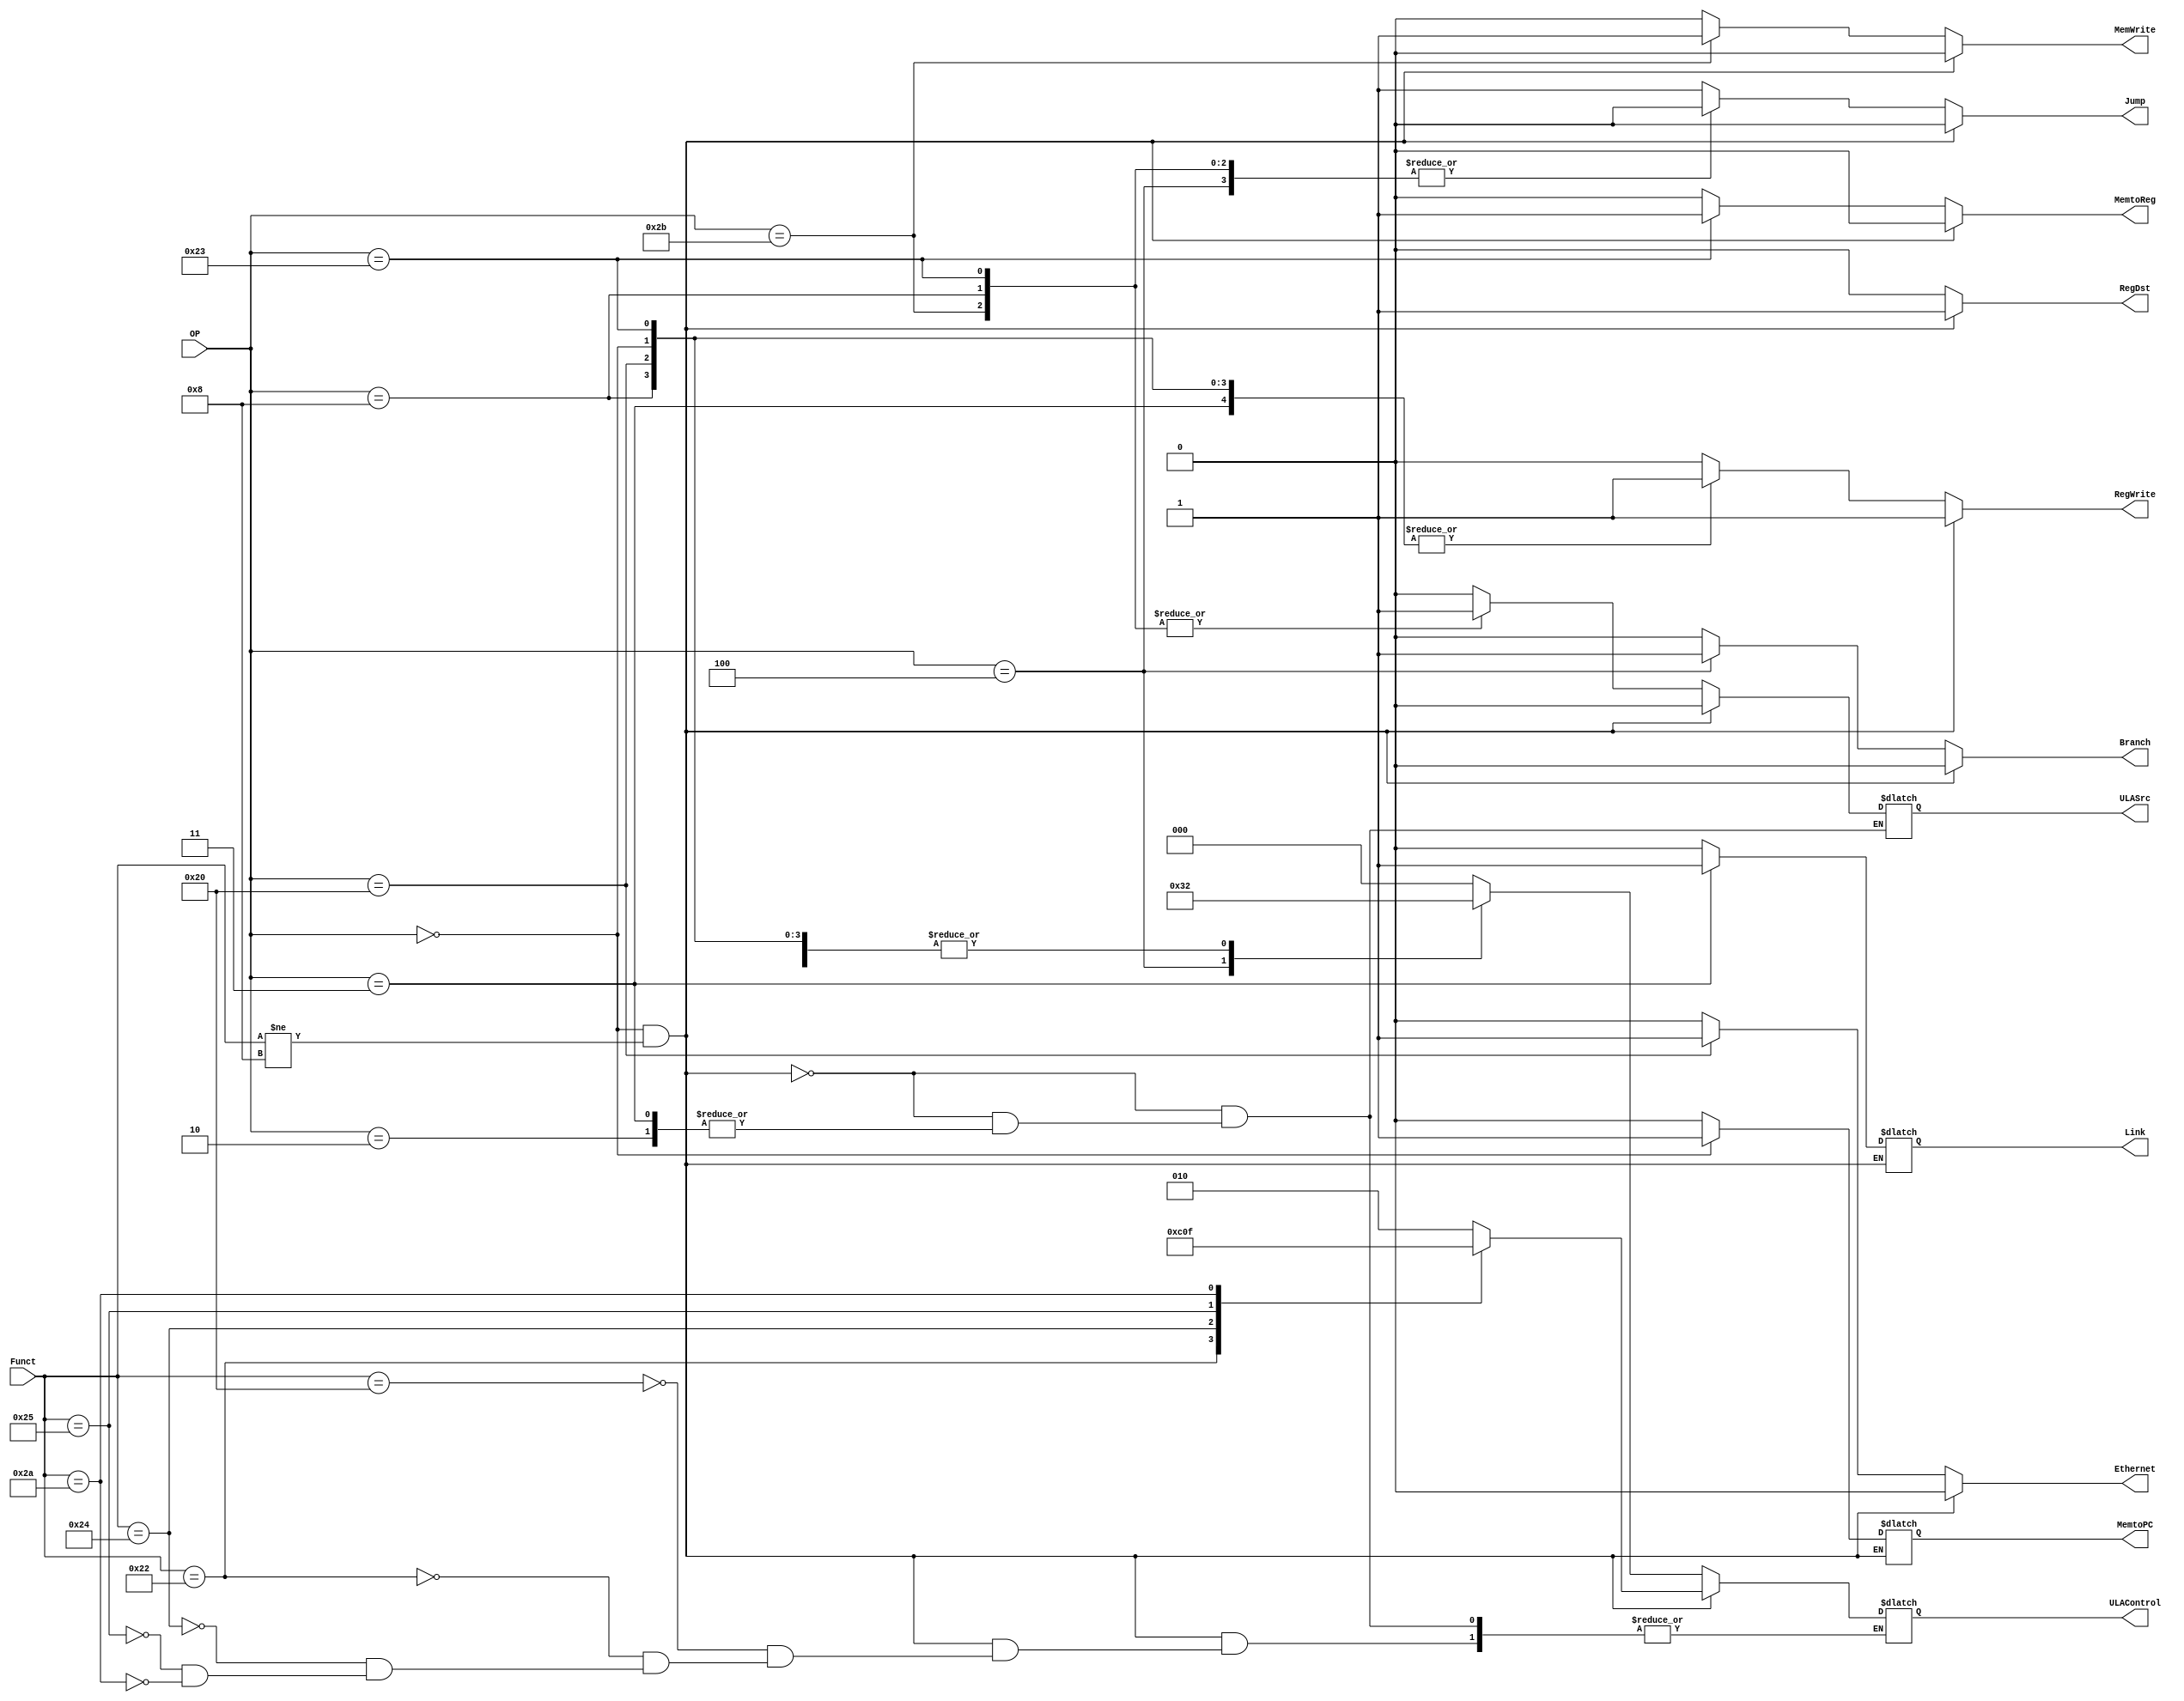
module ControlUnit(
  input [5:0] OP, Funct,
  output reg RegWrite, RegDst, ULASrc, Branch, MemWrite, MemtoReg, Jump, Link, MemtoPC, Ethernet,
  output reg [2:0] ULAControl
	);
  
  always @ (*) begin
		Branch = 0;
		MemWrite = 0;
		MemtoReg = 0;
		Jump = 0;
		Ethernet = 0;
  
  
		// Type R instruction
		if(OP == 0 && Funct != 6'b001000) begin
			RegWrite = 1;
			RegDst = 1;
			ULASrc = 0;
			
			case(Funct)
			  6'b100000: ULAControl = 3'b010;
			  6'b100010: ULAControl = 3'b110;
			  6'b100100: ULAControl = 3'b000; 
			  6'b100101: ULAControl = 3'b001;
			  6'b101010: ULAControl = 3'b111;
			endcase
		end
		
		
		// Type I and J instructions
		else begin
			RegDst = 0;
			Link = 0;
			MemtoPC = 0;
		
			case(OP)
				6'b100011: begin
								 RegWrite = 1;
								 ULASrc = 1;
								 ULAControl = 3'b010;
								 MemtoReg = 1;
							  end		
				6'b101011: begin
								 RegWrite = 0;
								 ULASrc = 1;
								 ULAControl = 3'b010;
								 MemWrite = 1;
							  end
				6'b000100: begin
								 RegWrite = 0;
								 ULASrc = 0;
								 ULAControl = 3'b110;
								 Branch = 1;
							  end
				6'b001000: begin
								 RegWrite = 1;
								 ULASrc = 1;
								 ULAControl = 3'b010;
							  end
				6'b000010: begin
								 RegWrite = 0;
								 Jump = 1;
							  end
			    6'b000011: begin  // JAL (falta simular)
								 Link = 1;
								 Jump = 1;	
								 RegWrite = 1;
							  end
			    6'b000000: begin  // JR (falta simular)
								 MemtoPC = 1;
								 RegWrite = 1;
								 ULASrc = 0;
								 ULAControl = 3'b010;
								 MemtoReg = 0;
								 Jump = 1;
								end
				 6'b100000: begin  // Ethernet
								 Ethernet = 1;
								 RegWrite = 1;
								 ULASrc = 0;
								 ULAControl = 3'b010;
								 MemtoReg = 0;
								 Jump = 1;
							  end
				default:   begin
								 RegWrite = 0;
								 ULASrc = 0;
								 ULAControl = 3'b000;
								 Jump = 1;
							  end
			endcase
		end
		
  end
  
endmodule